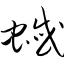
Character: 蜮